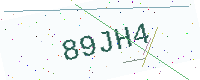
Text: 89JH4